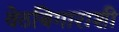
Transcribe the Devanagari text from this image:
वेठबिगाराशी